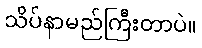
သိပ်နာမည်ကြီးတာပဲ။